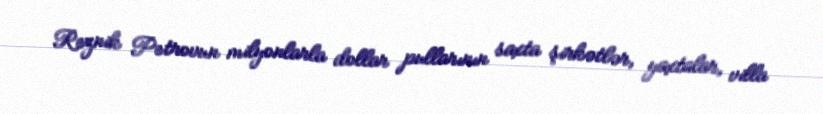
Reznik Petrovun milyonlarla dollar pullarının saxta şirkətlər, yaxtalar, villa